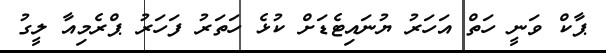
ޕާކް ވަނީ ހަތް އަހަރު ޔުނައިޓެޑަށް ކުޅެ ހަތަރު ފަހަރު ޕްރެމިއާ ލީގު